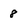
Character: 8